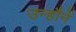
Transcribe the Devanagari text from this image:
उन्हौनें